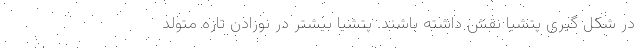
در شکل گیری پتشیا نقش داشته باشند. پتشیا بیشتر در نوزادن تازه متولد